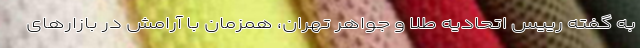
به گفته رییس اتحادیه طلا و جواهر تهران، همزمان با آرامش در بازارهای